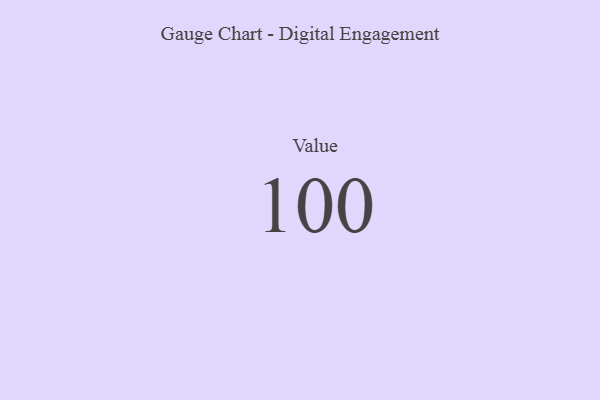
{"axis": {"x": "Metric", "y": "Value"}, "legend": [""], "data": [{"x": "Value", "y": 100, "type": ""}]}